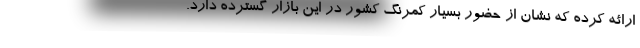
ارائه کرده که نشان از حضور بسیار کمرنگ کشور در این بازار گسترده دارد.